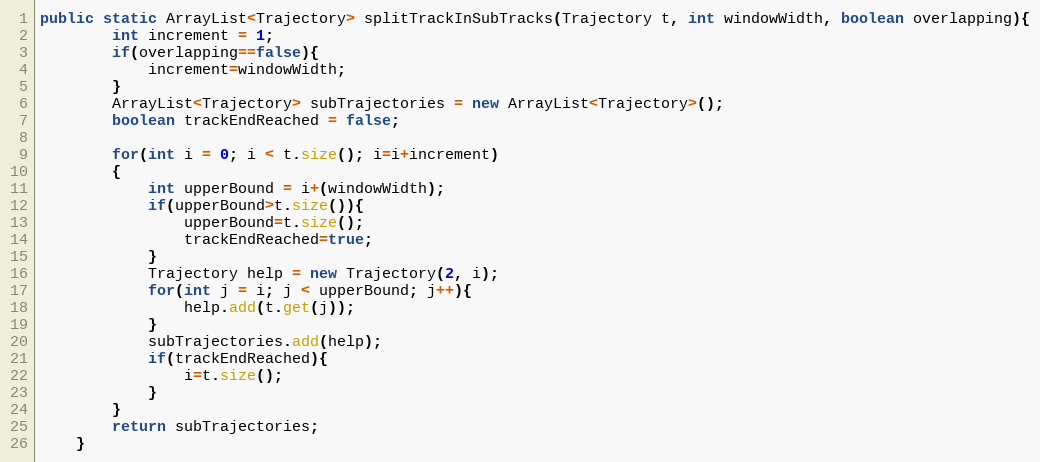
Language: Java
public static ArrayList<Trajectory> splitTrackInSubTracks(Trajectory t, int windowWidth, boolean overlapping){
		int increment = 1;
		if(overlapping==false){
			increment=windowWidth;
		}
		ArrayList<Trajectory> subTrajectories = new ArrayList<Trajectory>();
		boolean trackEndReached = false;

		for(int i = 0; i < t.size(); i=i+increment)
		{
			int upperBound = i+(windowWidth);
			if(upperBound>t.size()){
				upperBound=t.size();
				trackEndReached=true;
			}
			Trajectory help = new Trajectory(2, i);
			for(int j = i; j < upperBound; j++){
				help.add(t.get(j));
			}
			subTrajectories.add(help);
			if(trackEndReached){
				i=t.size();
			}
		}
		return subTrajectories;
	}